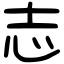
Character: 志